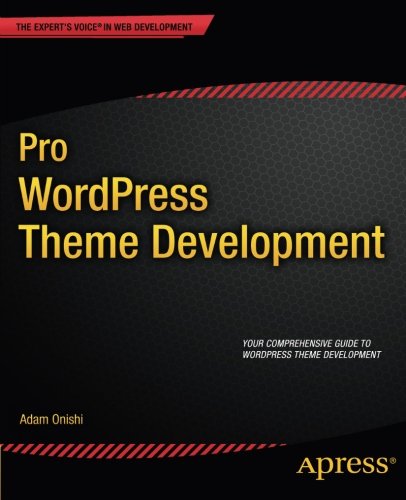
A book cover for Pro WordPress Theme Development (Expert's Voice in Web Development); Adam Onishi; Computers & Technology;